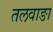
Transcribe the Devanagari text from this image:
तलवाङा